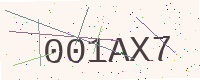
Text: 001AX7